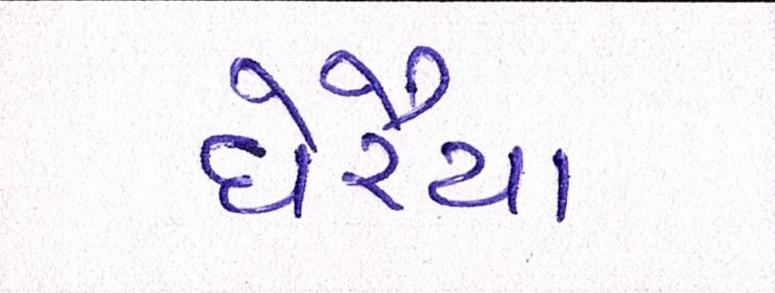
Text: ઘેરૈયા